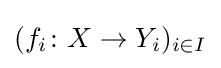
(f_{i}\colon X\to Y_{i})_{i\in I}